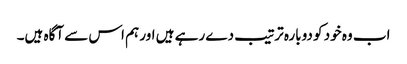
اب وہ خود کو دوبارہ ترتیب دے رہے ہیں اور ہم اس سے آگاہ ہیں۔